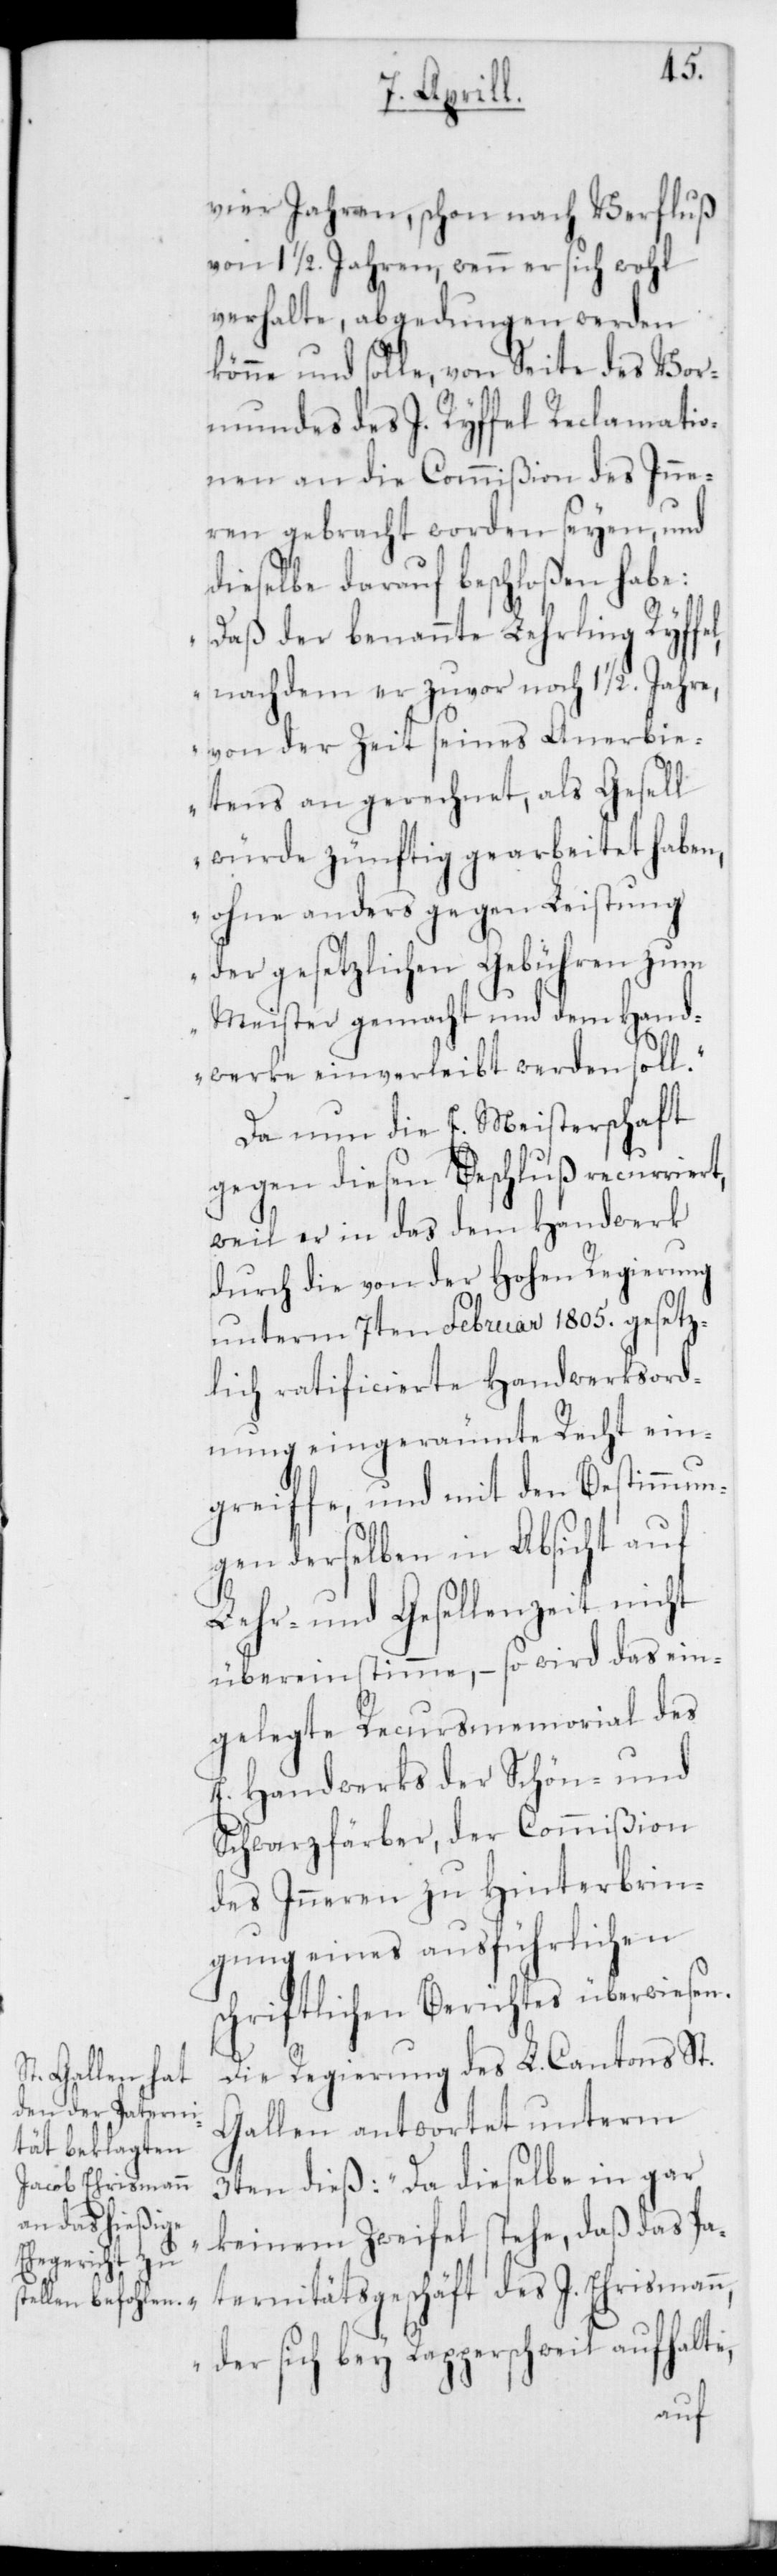
vier Jahren, schon nach Verfluß
von 11/2 Jahren, wenn er sich wohl
verhalte, abgedungen werden
könne und solle, von Seite des Vor¬
mundes des J. Ryffel Reclamatio¬
nen an die Commißion des Inne¬
ren gebracht worden seyen, und
dieselbe darauf beschloßen habe:
„Daß der benannte Lehrling Ryffe¬
l, nachdem er zuvor noch 11/2. Jahre,
von der Zeit seines Anerbie¬
tens an gerechnet, als Gesell
würde zünftig gearbeitet haben,
ohne anders gegen Leistung
der gesetzlichen Gebühren zum
Meister gemacht und dem Hand¬
werke einverleibt werden soll“.
Da nun die E. Meisterschaft
gegen diesen Beschluß recurriert,
weil er in das dem Handwerk
unterm 7ten Februar 1805. gesetz¬
lich ratificierte Handwerksord¬
nung eingeräumte Recht ein¬
greiffe, und mit den Bestimmun¬
gen derselben in Absicht auf
Lehr- und Gesellenzeit nicht
übereinstimme, – so wird das ein¬
gelegte Recursmemorial des
E. Handwerks der Schön- und
Schwarzfärber, der Commißion
des Inneren zu Hinterbrin¬
gung eines ausführlichen
schriftlichen Berichtes überwiesen.
Die Regierung des L. Cantons St.
Gallen antwortet unterm
3ten dieß: „Da dieselbe in gar
keinem Zweifel stehe, daß das Pa¬
ternitätsgeschäft des J. Ehrismann,
der sich bey Rapperswil aufhalte,